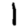
Digit: 1